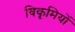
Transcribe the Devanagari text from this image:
विकृमियों